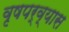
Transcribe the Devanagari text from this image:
वृषपर्व्यास